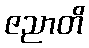
ဇညာတိ